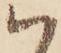
ハ